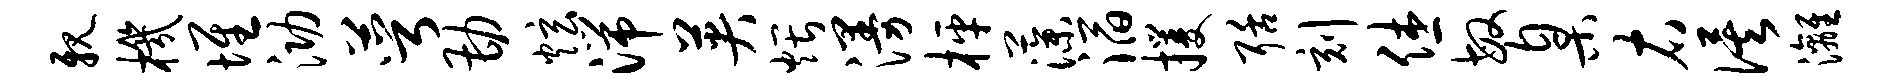
亲机堆泐萼勘炫湍英煨漫枰藻滔攫聒刻休敏臬右俟漓